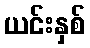
ယင်းနှစ်